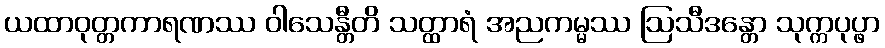
ယထာဝုတ္တကာရဏဿ ဝါသေန္တီတိ သတ္ထာရံ အညကမ္မဿ ဩသီဒန္တော သုက္ကပုပ္ဖာ